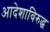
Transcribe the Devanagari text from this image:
आदेशाविरुद्ध